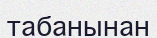
табанынан